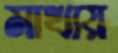
মাখায়